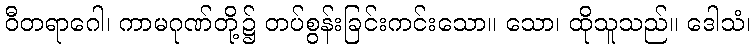
ဝီတရာဂေါ၊ ကာမဂုဏ်တို့၌ တပ်စွန်းခြင်းကင်းသော။ သော၊ ထိုသူသည်။ ဒေါသံ၊